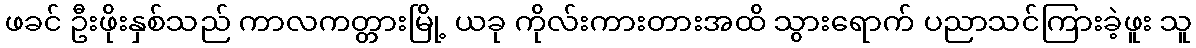
ဖခင် ဦးဖိုးနှစ်သည် ကာလကတ္တားမြို့ ယခု ကိုလ်းကားတားအထိ သွားရောက် ပညာသင်ကြားခဲ့ဖူး သူ